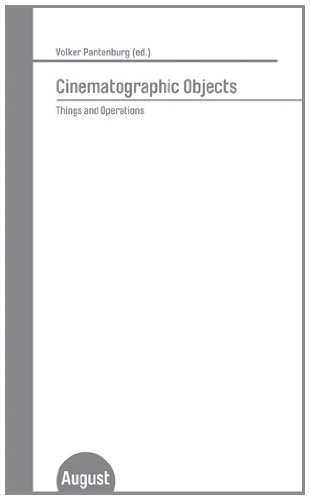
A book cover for Cinematographic Objects: Things and Operations; Arts & Photography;